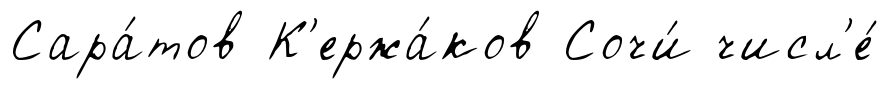
Сара́тов К'ержа́ков Сочи́ числ'е́